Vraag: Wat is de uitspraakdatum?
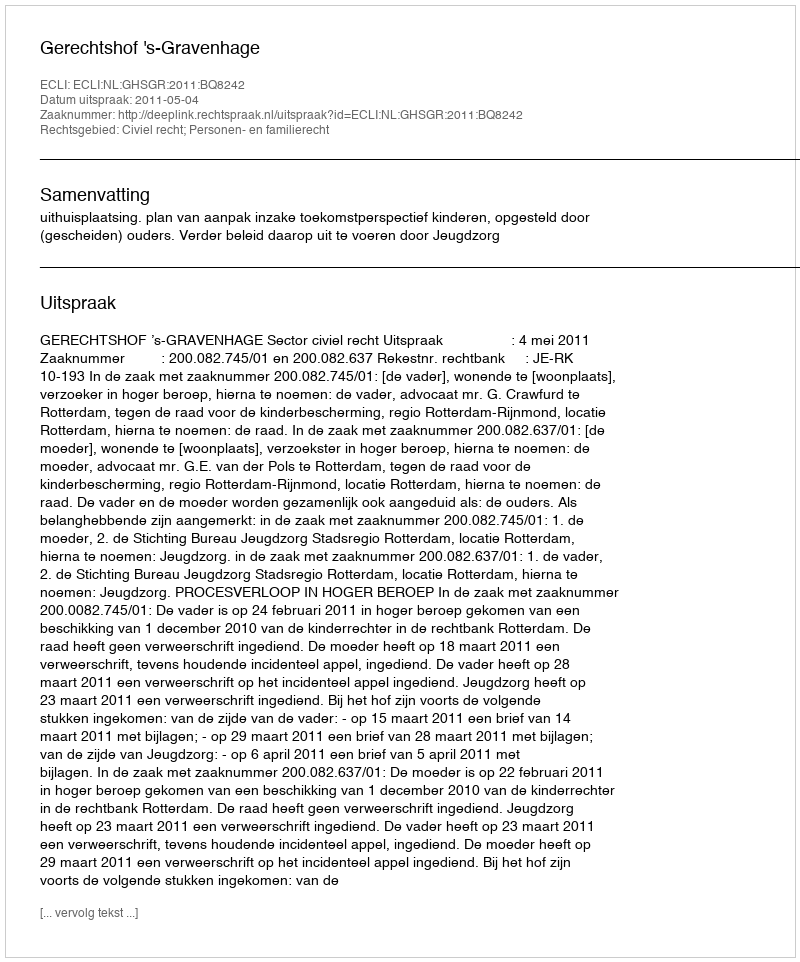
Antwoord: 2011-05-04